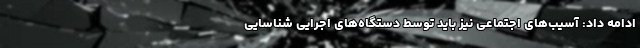
ادامه داد: آسیب‌های اجتماعی نیز باید توسط دستگاه‌های اجرایی شناسایی